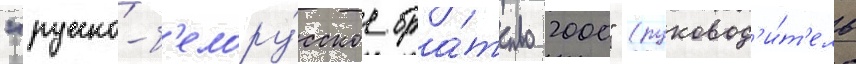
"русско-б'елору́сское бра́тство 2000" (руковод'и́т'ель